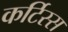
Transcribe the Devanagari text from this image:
कर्टिस्स